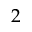
2